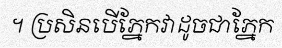
។ ប្រសិនបើភ្នែកវាដូចជាភ្នែក